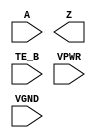
module sky130_fd_sc_hs__ebufn (
    //# {{data|Data Signals}}
    input  A   ,
    output Z   ,

    //# {{control|Control Signals}}
    input  TE_B,

    //# {{power|Power}}
    input  VPWR,
    input  VGND
);
endmodule